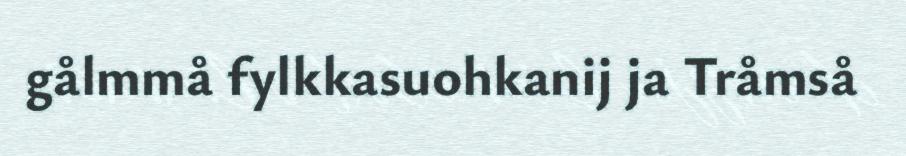
gålmmå fylkkasuohkanij ja Tråmså